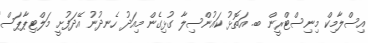
އިސްލާމިކް މިނިސްޓްރީން ބ. އަތޮޅު ކައުންސިލާ ގުޅިގެން މިއަދު ހެނދުނު އޭދަފުށީ މަލްޓިޕާޕަސް